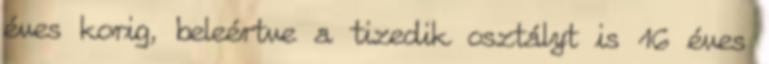
éves korig, beleértve a tizedik osztályt is 16 éves